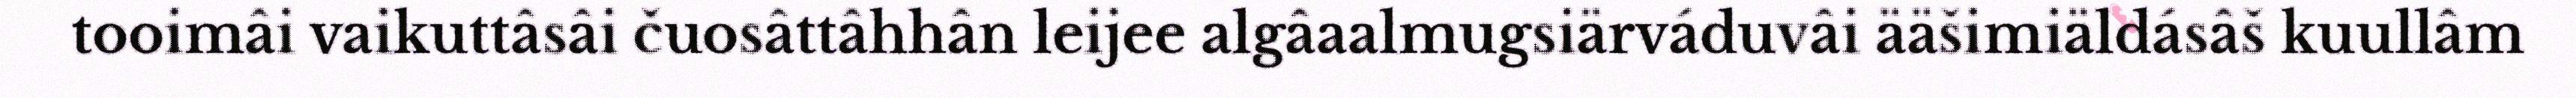
tooimâi vaikuttâsâi čuosâttâhhân leijee algâaalmugsiärváduvâi ääšimiäldásâš kuullâm